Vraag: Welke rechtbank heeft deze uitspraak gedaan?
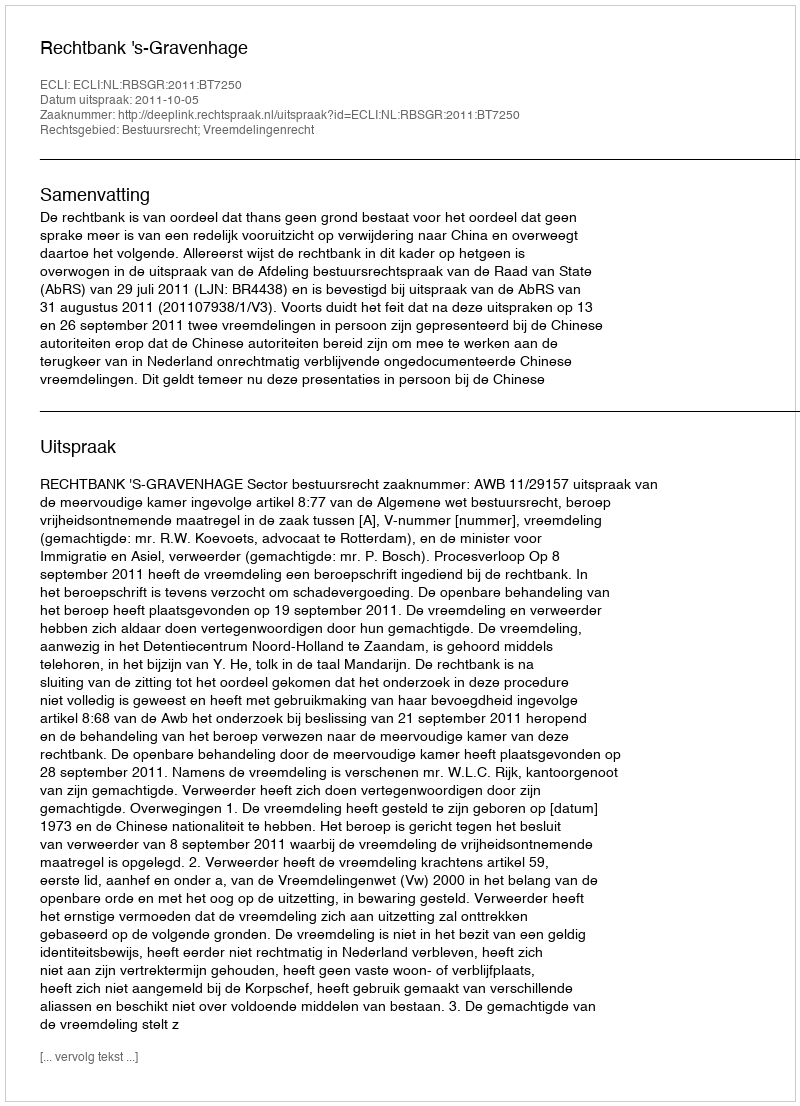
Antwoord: Rechtbank 's-Gravenhage